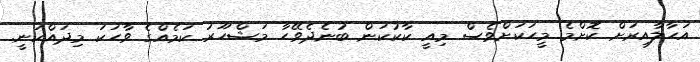
އަހާލާއިރަށް ކޮށްމެ މީހަކަށްވެސް މިއީ ކާކުކަން ބުނެދެވޭހާ މަޝްހޫރު ކަމެއްގެ ވާހަކަ މިދައްކަނީ.